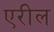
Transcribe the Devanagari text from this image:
एरील